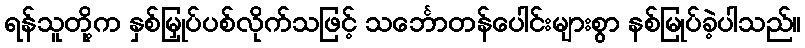
ရန်သူတို့က နှစ်မြှုပ်ပစ်လိုက်သဖြင့် သင်္ဘောတန်ပေါင်းများစွာ နစ်မြုပ်ခဲ့ပါသည်။